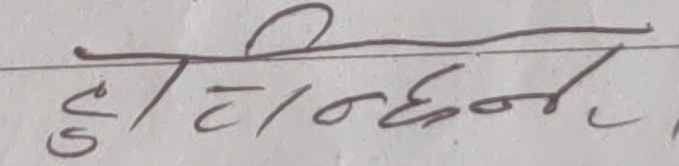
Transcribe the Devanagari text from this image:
हाँ हिन्दू